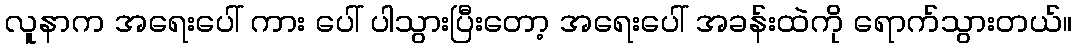
လူနာက အရေးပေါ် ကား ပေါ် ပါသွားပြီးတော့ အရေးပေါ် အခန်းထဲကို ရောက်သွားတယ်။